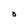
Character: O